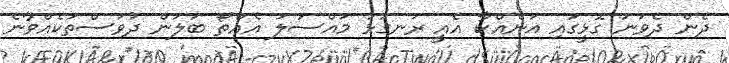
ދެން ދެވަނަ ގޮޅީގައި އަނެއްކާ އެއީ ރަނގަޅު މައްސަލަ އެއްތޯ ބަލަން ދުވަސްތަކެއްވާނެ